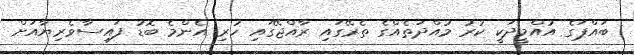
ބައްޕަގެ އުއްމީދަކީ ކުރު މުއްދަތެއްގެ ތެރޭގައި ރާއްޖޭގައި ހުރި އެންމެ ބޮޑު ފައިސާވެރިޔާއަށް